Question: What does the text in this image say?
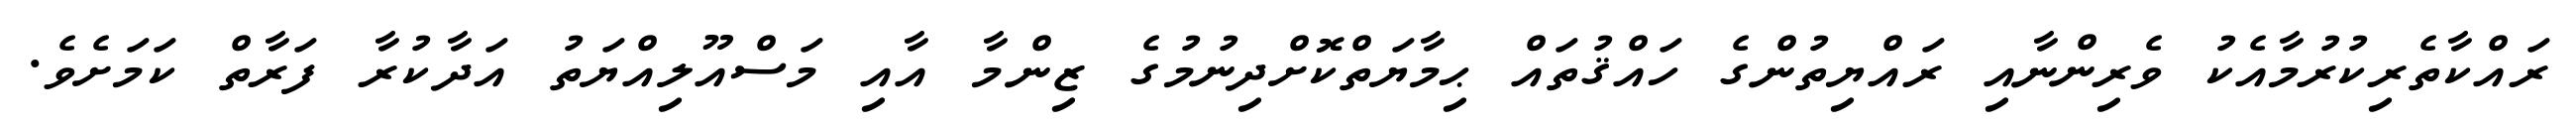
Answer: ރައްކާތެރިކުރުމާއެކު ވެރިންނާއި ރައްޔިތުންގެ ހައްޤުތައް ޙިމާޔަތްކޮށްދިނުމުގެ ޒިންމާ އާއި މަސްއޫލިއްޔަތު އަދާކުރާ ފަރާތް ކަމަށެވެ.